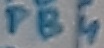
Text: PB4